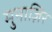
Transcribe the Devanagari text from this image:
मुनाज़िर